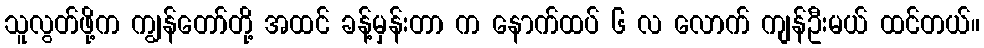
သူလွတ်ဖို့က ကျွန်တော်တို့ အထင် ခန့်မှန်းတာ က နောက်ထပ် ၆ လ လောက် ကျန်ဦးမယ် ထင်တယ်။